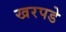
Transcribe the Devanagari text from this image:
खरपडे